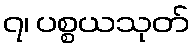
၇၊ ပစ္စယသုတ်